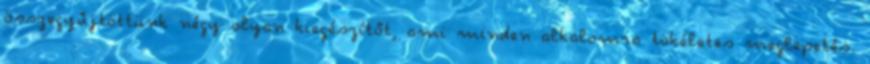
összegyűjtöttünk négy olyan kiegészítőt, ami minden alkalomra tökéletes meglepetés.